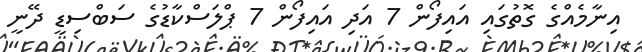
އިނާމެއްގެ ގޮތުގައި އައިފޯން 7 އަދި އައިފޯން 7 ޕްލަސްކާޑުގެ ސަބްސިޑީ ދޭނީ